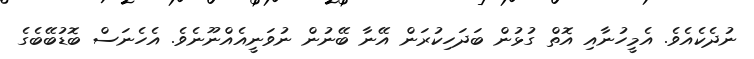
ނުދެކެއެވެ. އެމީހުނާއި އޮތް ގުޅުން ބަދަހިކުރަން އޭނާ ބޭނުން ނުވަނީއެއްނޫނެވެ. އެހެނަސް ބޮޑުބޭބެގެ